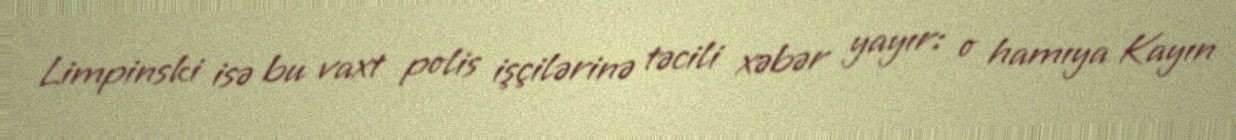
Limpinski isə bu vaxt polis işçilərinə təcili xəbər yayır: o hamıya Kayın